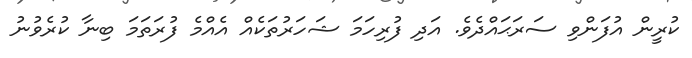
ކުރީން އުފަންވި ސަރަޙައްދެވެ. އަދި ފުރިހަމަ ޝަހަރުތަކެއް އެއްމެ ފުރަތަމަ ބިނާ ކުރެވުނު